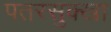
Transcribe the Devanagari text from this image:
पतरसुक्खा